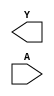
module sky130_fd_sc_ls__clkdlyinv3sd2 (
    Y,
    A
);

    output Y;
    input  A;

    // Voltage supply signals
    supply1 VPWR;
    supply0 VGND;
    supply1 VPB ;
    supply0 VNB ;

endmodule